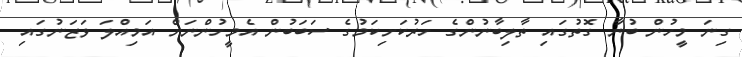
ގިނަ މީހުން ބުނާ ގޮތުގައި ތާލިބާނުންގެ ހަރުކަށިކަމުގެ ސަބަބުން އެމީހުންނަށް އަމިއްލަ ވަޒަނުގައި